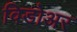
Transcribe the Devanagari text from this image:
विडोअर